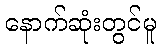
နောက်ဆုံးတွင်မူ